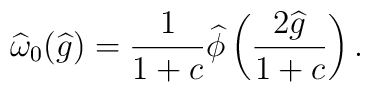
\widehat{\omega}_0 (\widehat{g}) = \frac{1}{1 + c}  \widehat{\phi} \left(\frac{2\widehat{g}}{1 + c} \right).